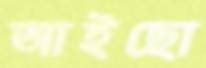
আইছো